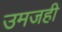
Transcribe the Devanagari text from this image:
उमजही